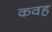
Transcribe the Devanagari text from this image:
कवह